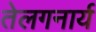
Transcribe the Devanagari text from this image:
तेलगनार्य